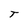
Character: T